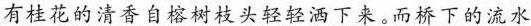
有桂花的清香自榕树枝头轻轻洒下来。而桥下的流水